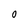
Character: O